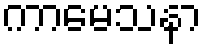
ကာမေသနာ